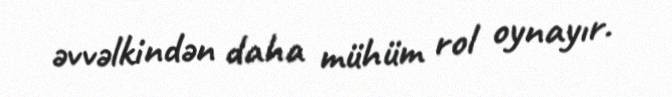
əvvəlkindən daha mühüm rol oynayır.